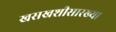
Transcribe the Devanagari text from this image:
खसखशीसारख्या